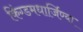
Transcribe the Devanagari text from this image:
किंग्डमधार्जिण्या